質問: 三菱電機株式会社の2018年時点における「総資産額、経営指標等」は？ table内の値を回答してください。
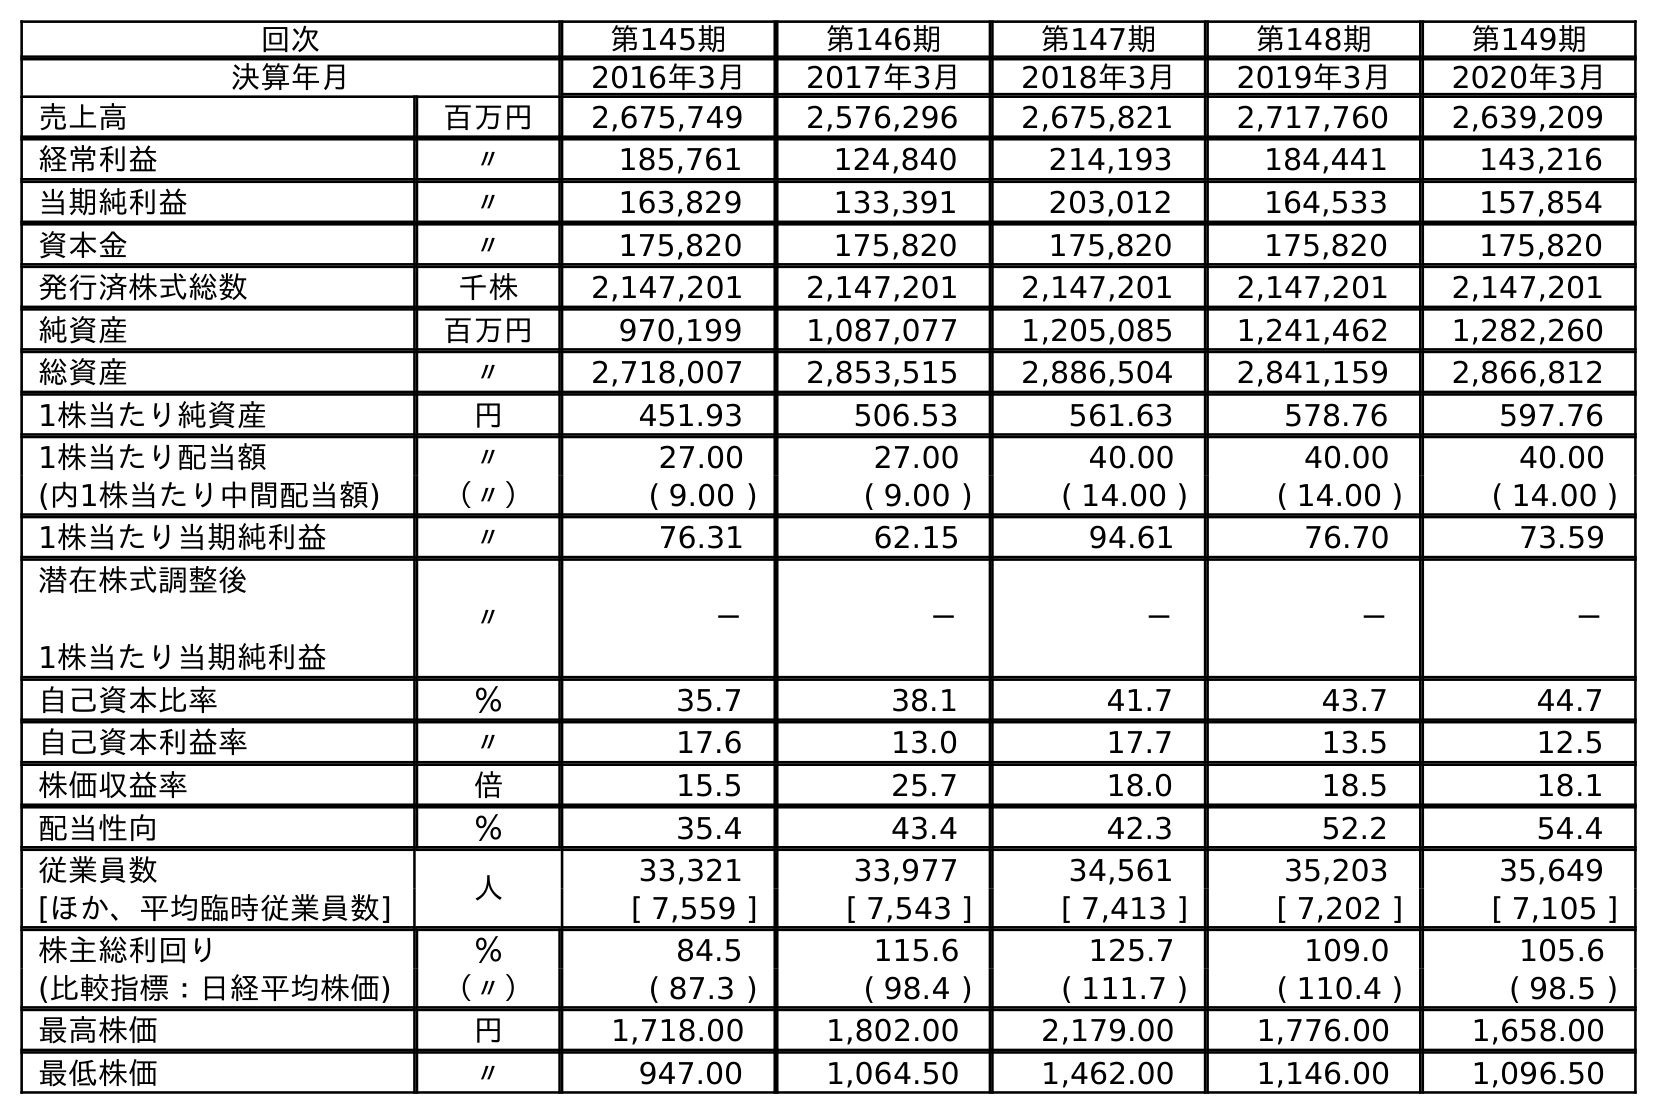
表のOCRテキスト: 回次 第145期 第146期 第147期 第148期 第149期 決算年月 2016年3月 2017年3月 2018年3月 2019年3月 2020年3月 売上高 百万円 2,675,749 2,576,296 2,675,821 2,717,760 2,639,209 経常利益 〃 185,761 124,840 214,193 184,441 143,216 当期純利益 〃 163,829 133,391 203,012 164,533 157,854 資本金 〃 175,820 175,820 175,820 175,820 175,820 発行済株式総数 千株 2,147,201 2,147,201 2,147,201 2,147,201 2,147,201 純資産 百万円 970,199 1,087,077 1,205,085 1,241,462 1,282,260 総資産 〃 2,718,007 2,853,515 2,886,504 2,841,159 2,866,812 1株当たり純資産 円 451.93 506.53 561.63 578.76 597.76 1株当たり配当額 〃 27.00 27.00 40.00 40.00 40.00 (内1株当たり中間配当額) （〃） ( 9.00 ) ( 9.00 ) ( 14.00 ) ( 14.00 ) ( 14.00 ) 1株当たり当期純利益 〃 76.31 62.15 94.61 76.70 73.59 潜在株式調整後 1株当たり当期純利益 〃 － － － － － 自己資本比率 ％ 35.7 38.1 41.7 43.7 44.7 自己資本利益率 〃 17.6 13.0 17.7 13.5 12.5 株価収益率 倍 15.5 25.7 18.0 18.5 18.1 配当性向 ％ 35.4 43.4 42.3 52.2 54.4 従業員数 人 33,321 33,977 34,561 35,203 35,649 [ほか、平均臨時従業員数] [ 7,559 ] [ 7,543 ] [ 7,413 ] [ 7,202 ] [ 7,105 ] 株主総利回り ％ 84.5 115.6 125.7 109.0 105.6 (比較指標：日経平均株価) （〃） ( 87.3 ) ( 98.4 ) ( 111.7 ) ( 110.4 ) ( 98.5 ) 最高株価 円 1,718.00 1,802.00 2,179.00 1,776.00 1,658.00 最低株価 〃 947.00 1,064.50 1,462.00 1,146.00 1,096.50
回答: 2,886,504